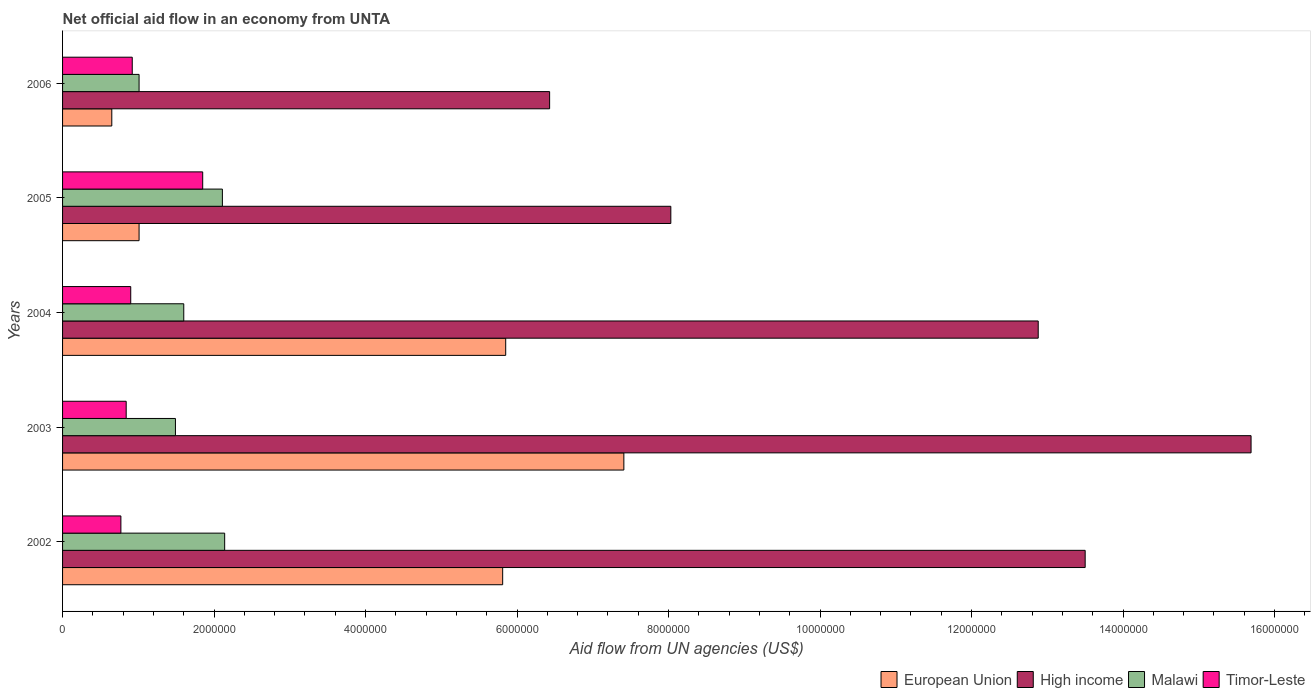
| Years | European Union | High income | Malawi | Timor-Leste |
 | --- | --- | --- | --- | --- |
 | 2002 | 5.81e+06 | 1.35e+07 | 2.14e+06 | 7.7e+05 |
 | 2003 | 7.41e+06 | 1.57e+07 | 1.49e+06 | 8.4e+05 |
 | 2004 | 5.85e+06 | 1.29e+07 | 1.6e+06 | 9e+05 |
 | 2005 | 1.01e+06 | 8.03e+06 | 2.11e+06 | 1.85e+06 |
 | 2006 | 6.5e+05 | 6.43e+06 | 1.01e+06 | 9.2e+05 |